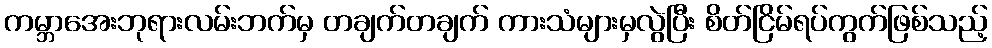
ကမ္ဘာအေးဘုရားလမ်းဘက်မှ တချက်တချက် ကားသံများမှလွဲပြီး စိတ်ငြိမ်ရပ်ကွက်ဖြစ်သည့်